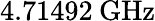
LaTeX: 4.71492\: \mathrm{GHz}